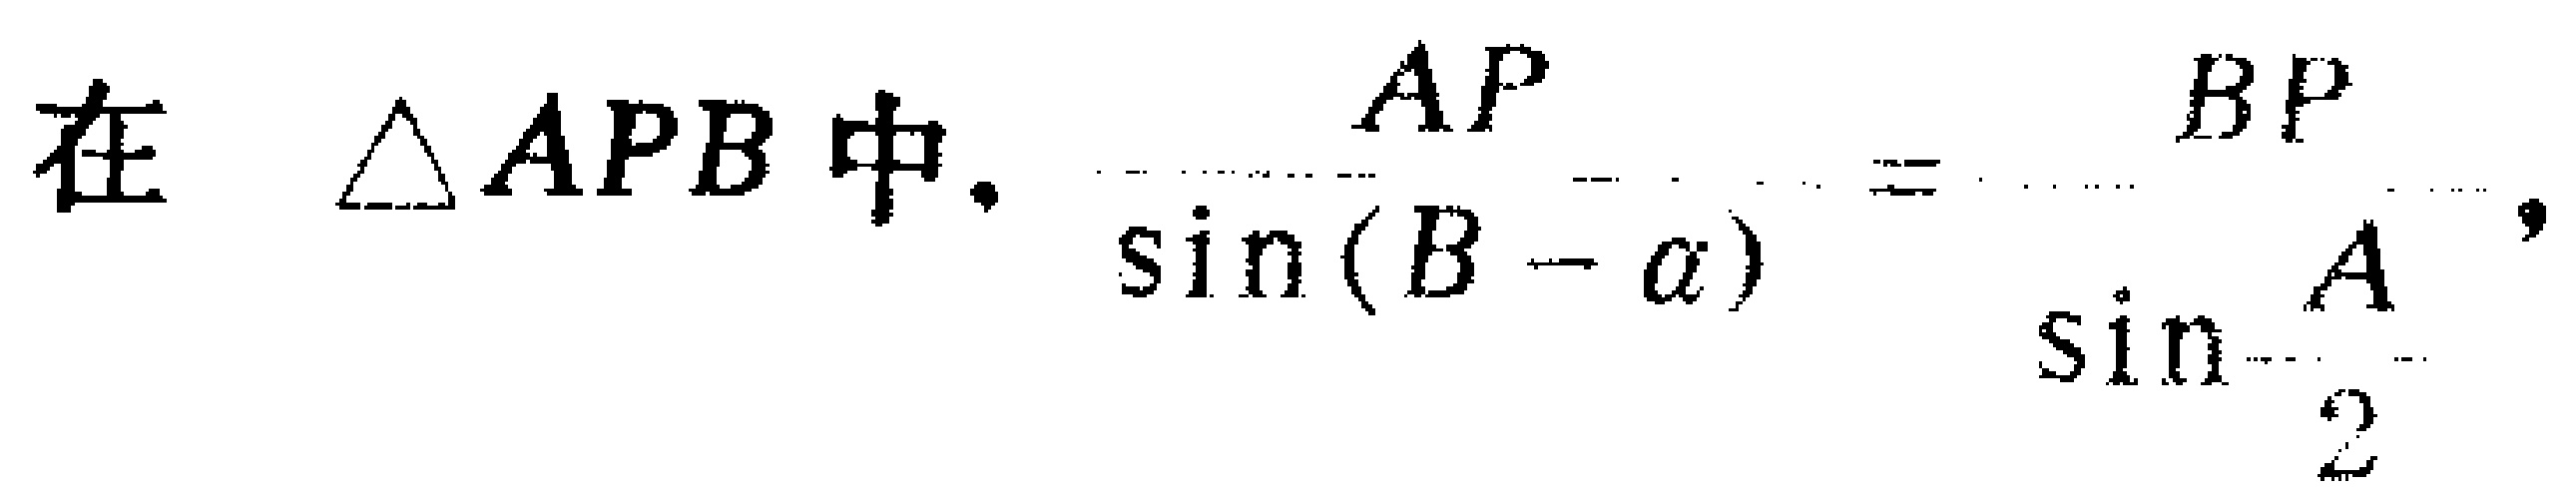
在 $\triangle APB$ 中，$\frac{AP}{\sin (B - \alpha)} = \frac{BP}{\sin \frac{A}{2}}$